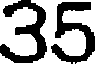
35